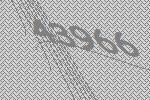
43966